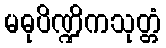
မဓုပိဏ္ဍိကသုတ္တံ